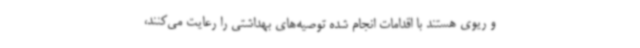
و ریوی هستند با اقدامات انجام شده توصیه‌های بهداشتی را رعایت می‌کنند،